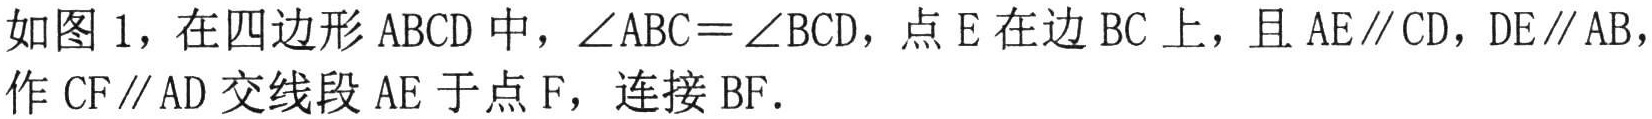
如图1，在四边形\(ABCD\)中，\(\angle ABC = \angle BCD\)，点\(E\)在边\(BC\)上，且\(AE\parallel CD\)，\(DE\parallel AB\)，作\(CF\parallel AD\)交线段\(AE\)于点\(F\)，连接\(BF\)．